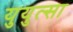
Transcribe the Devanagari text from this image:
युयुत्सा